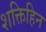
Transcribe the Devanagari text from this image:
शक्तिहिन